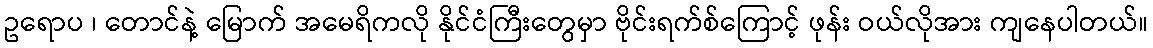
ဥရောပ ၊ တောင်နဲ့ မြောက် အမေရိကလို နိုင်ငံကြီးတွေမှာ ဗိုင်းရက်စ်ကြောင့် ဖုန်း ဝယ်လိုအား ကျနေပါတယ်။